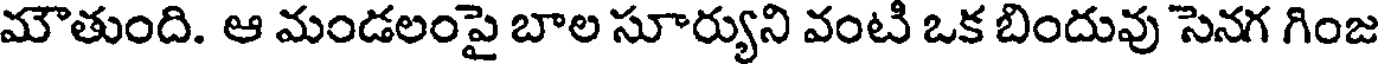
మౌతుంది. ఆ మండలంపై బాల సూర్యుని వంటి ఒక బిందువు సెనగ గింజ